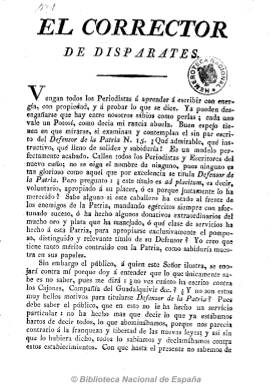
Título: El Corrector de disparates
Otros títulos: Corrector de disparates al pueblo de Sevilla, <n. 3>-
Colección: Periódicos anteriores a 1850
Ámbito geográfico: Sevilla
Lugar de publicación: Sevilla
Fechas: 01/01/1820-31/12/1820

Periódico sevillano sin indicación de fecha en su cabecera que debió empezar a publicarse en mayo de 1820 con el único objeto de polemizar con su coetáneo El defensor de la patria, de carácter liberal y dirigido por Félix Ramón Beaulot, de ahí el significado de su título. Cada número de este periódico está formado por un extenso artículo político que analiza y critica lo defendido por El defensor, escrito en un tono distendido y a la vez sarcástico, relativo a las instituciones abolidas, como la Inquisición, y a otros asuntos constitucionales. De tendencia conservadora, según señala Checa Godoy, aparece en números de ocho y dieciséis páginas de la imprenta de Padrino y con frecuencia desconocida. Chaves Rey dice haber visto hasta el número 15, y debió durar hasta noviembre de 1820.